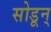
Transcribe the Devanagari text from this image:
सोडून्